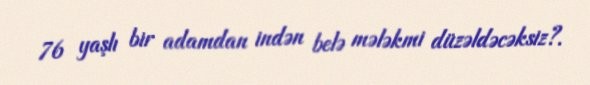
76 yaşlı bir adamdan indən belə mələkmi düzəldəcəksiz?.